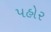
પહોર